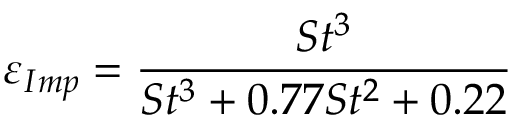
\varepsilon _ { I m p } = \frac { S t ^ { 3 } } { S t ^ { 3 } + 0 . 7 7 S t { } ^ { 2 } + 0 . 2 2 }